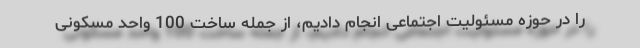
را در حوزه مسئولیت اجتماعی انجام دادیم، از جمله ساخت 100 واحد مسکونی